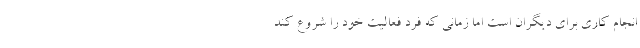
انجام کاری برای دیگران است اما زمانی که فرد فعالیت خود را شروع کند